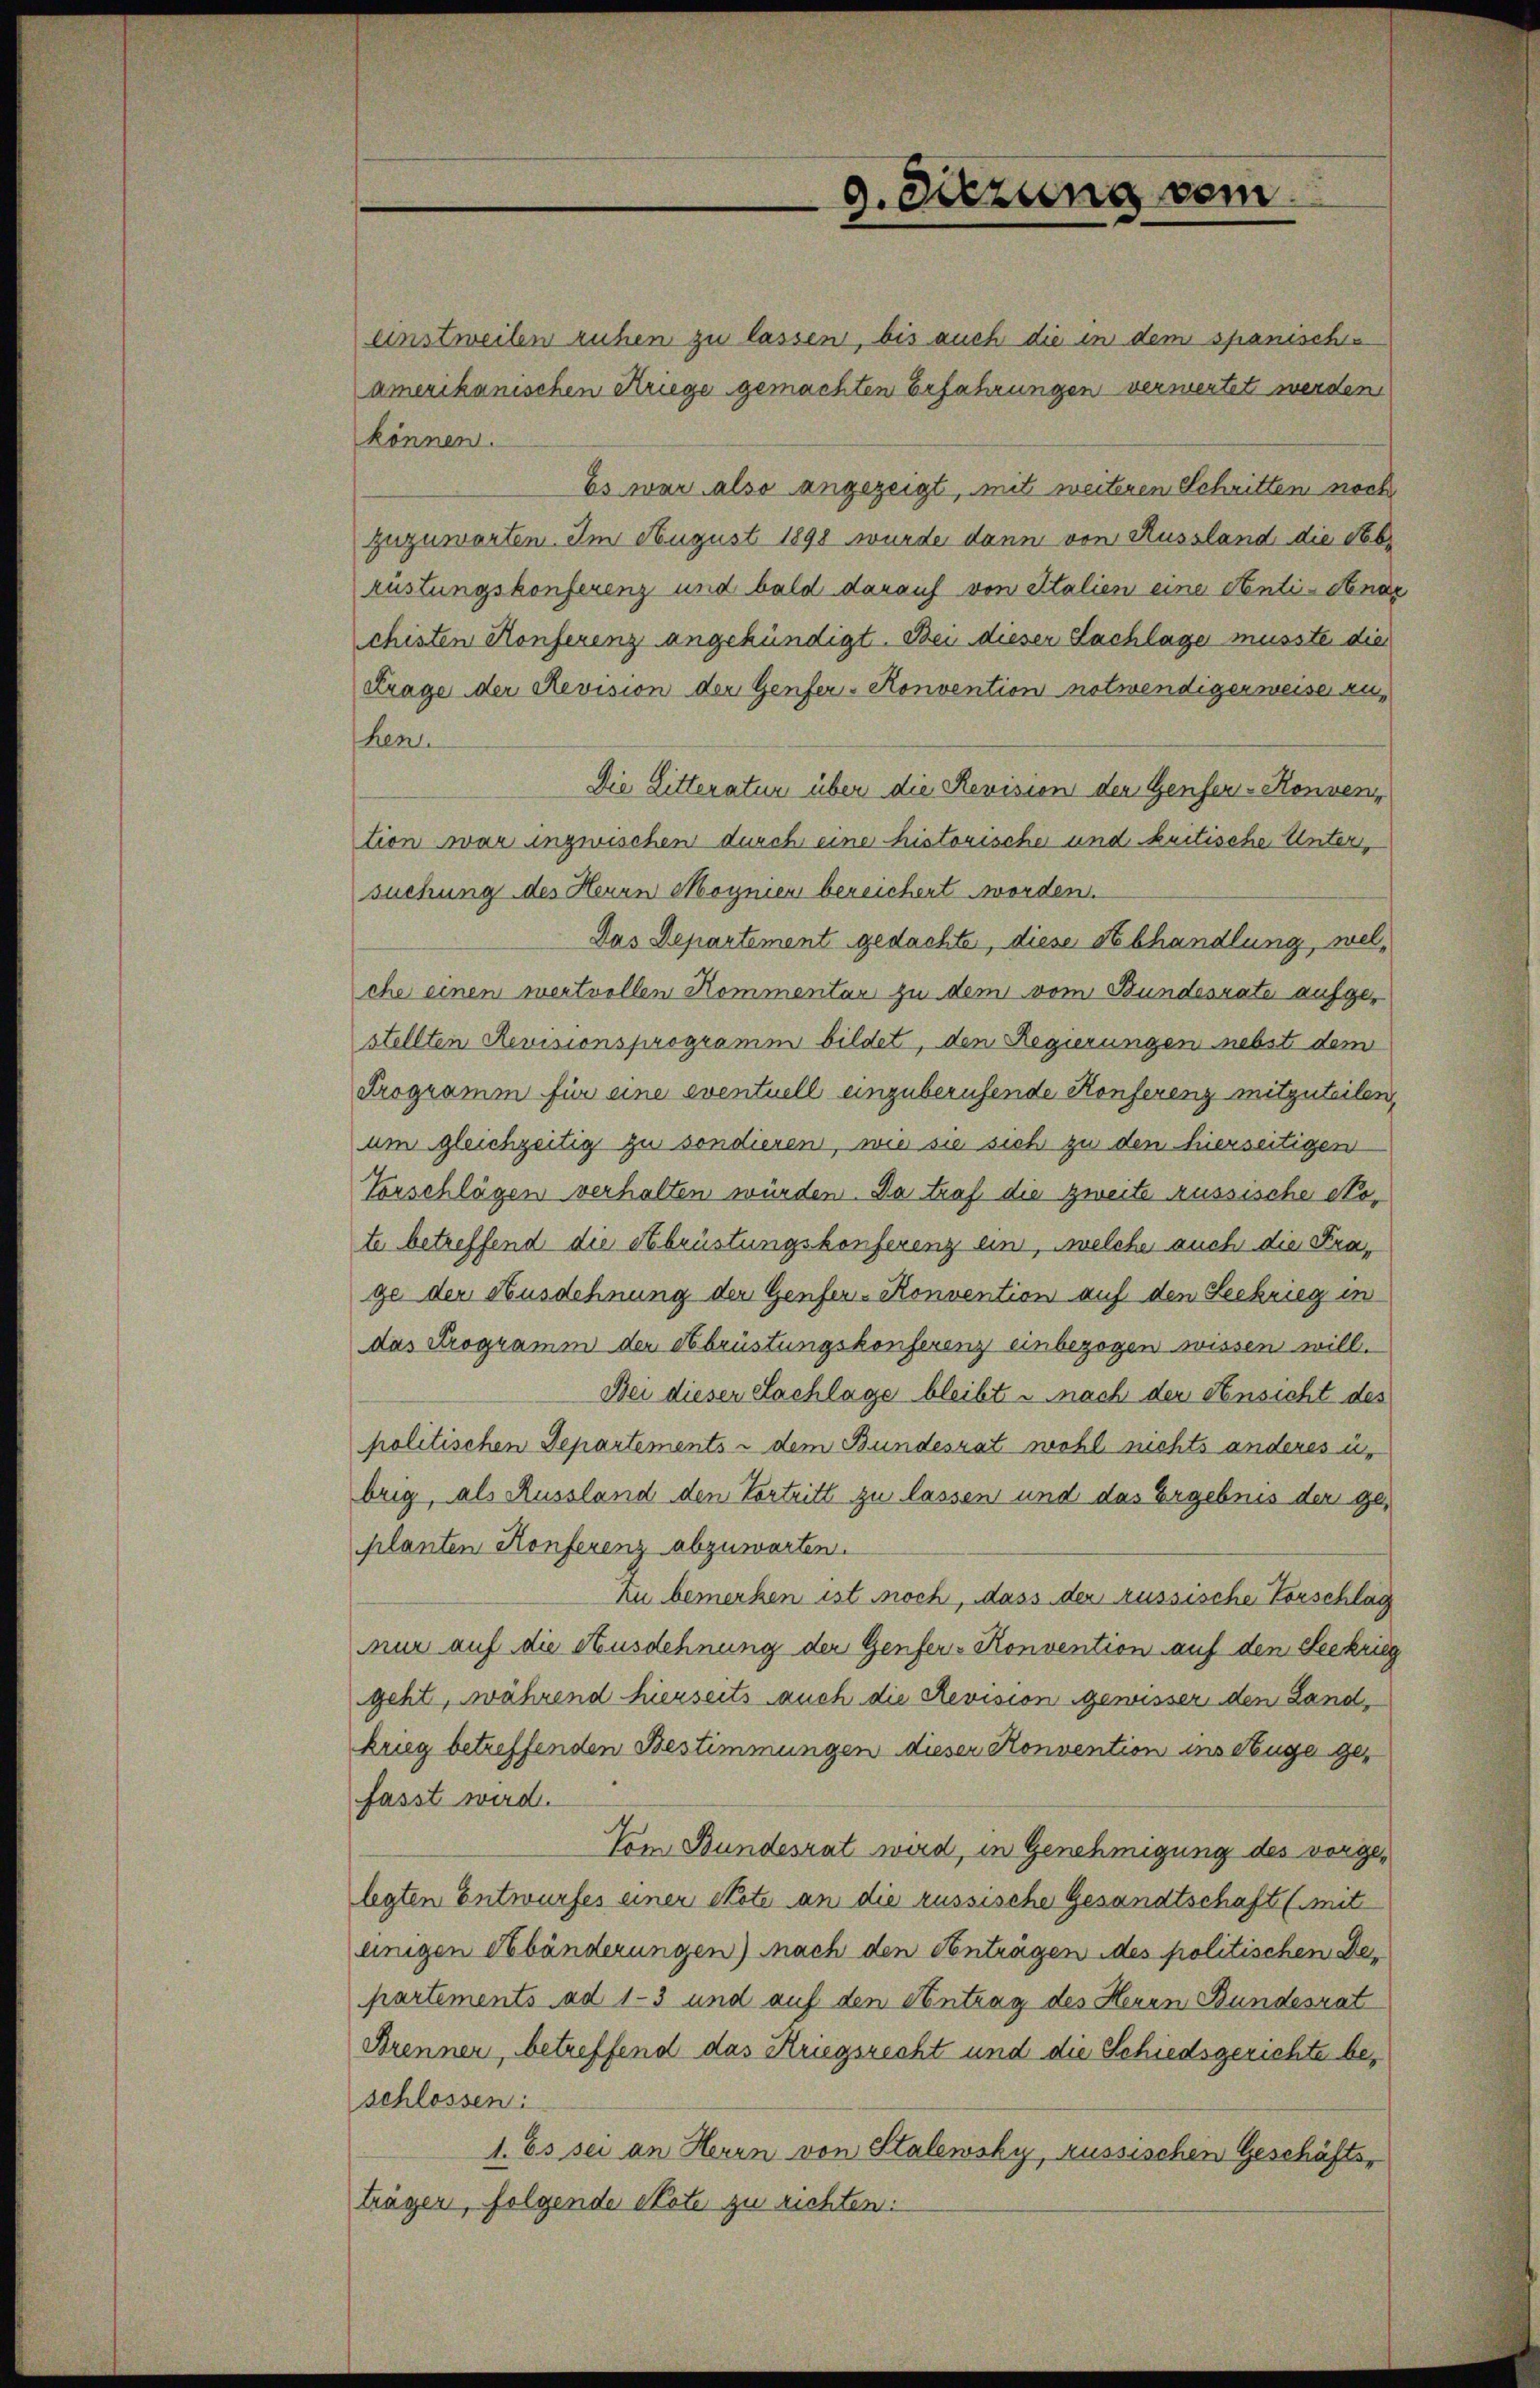
einstweilen ruhen zu lassen, bis auch die in dem spanisches
amerikanischen Kriege gemachten Erfahrungen verwertet werden

9. Sitzung vom

können.
Es war also angezeigt, mit weiteren Schritten noch
zuzuwarten. Im August 1898 wurde dann von Aussland die Nebe
rüstungskonferenz und bald darauf von Stalien eine Senti-Aende
Schisten Konferenz angekündigt. Bei dieser Sachlage musste die
Frage der Revision der Genfer-Konvention notwendiger weise zuhen.
Die Litteratur über die Revision den Genfer-Konvention war inzwischen durch eine historische und kritische Untersuchung des Herrn Magnien bereichert worden.
Das Departement gedachte, diese Abhandlung, welche einen wertvollen Kommentar zu dem vom Bundesrate aufgestellten Revisionsprogramm bildet, den Regierungen nebst dem
Programm für eine eventuell einzuberufende Konferenz mitzuteilen,
um gleichzeitig zu sondieren, wie sie sich zu den hierseitigen
Vorschlägen verhalten würden. Da traf die zweite Aussische Kote betreffend die Abrüstungskonferenz ein, welche auch die Frage der Ausdehnung der Genfer-Konvention auf den Seekrieg in
das Programm der Obrüstungskonferenz einbezogen wissen will.
Bei dieser Sachlage bleibt u. nach der Ansicht des
politischen Departements - dem Bundesrat wohl nichts anderes u.
brig, als Aussland den Vortritt zu lassen und das Ergebnis der geplanten Konferenz abzuwarten.
Zu bemerken ist noch, dass der russische Vorschlag
nur auf die Ausdehnung der Genfer- Konvention auf den Seekrieg
geht, während hierseits auch die Revision gewisser den Landkrieg betreffenden Bestimmungen dieser Konvention ins Auge gefasst wird.
Vom Bundesrat wird, in Genehmigung des vorgelegten Entwurfes einer Note an die russische Gesandtschaft (mit
einigen Abänderungen) nach den Anträgen des politischen Departements ad 1-3 und auf den Antrag des Heren Bundesrat
Arenner, betreffend das Kriegsrecht und die Schiedsgerichte beschlossen:
1. Es sei an Herrn von Stalewsky, russischen Geschäftsträger, folgende Note zu richten: